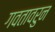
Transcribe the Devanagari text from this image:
गवतावरुन